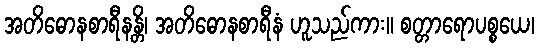
အတိဓောနစာရီနန္တိ၊ အတိဓောနစာရီနံ ဟူသည်ကား။ စတ္တာရောပစ္စယေ၊